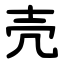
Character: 壳